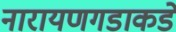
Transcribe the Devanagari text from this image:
नारायणगडाकडे